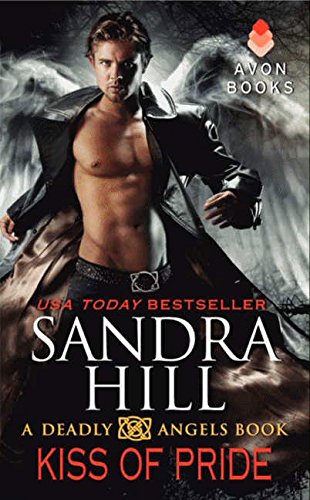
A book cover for Kiss of Pride: A Deadly Angels Book; Sandra Hill; Romance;